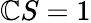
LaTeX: \mathbb{C}S=1